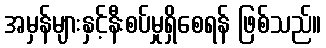
အမှန်များနှင့်နီးစပ်မှုရှိစေရန် ဖြစ်သည်။